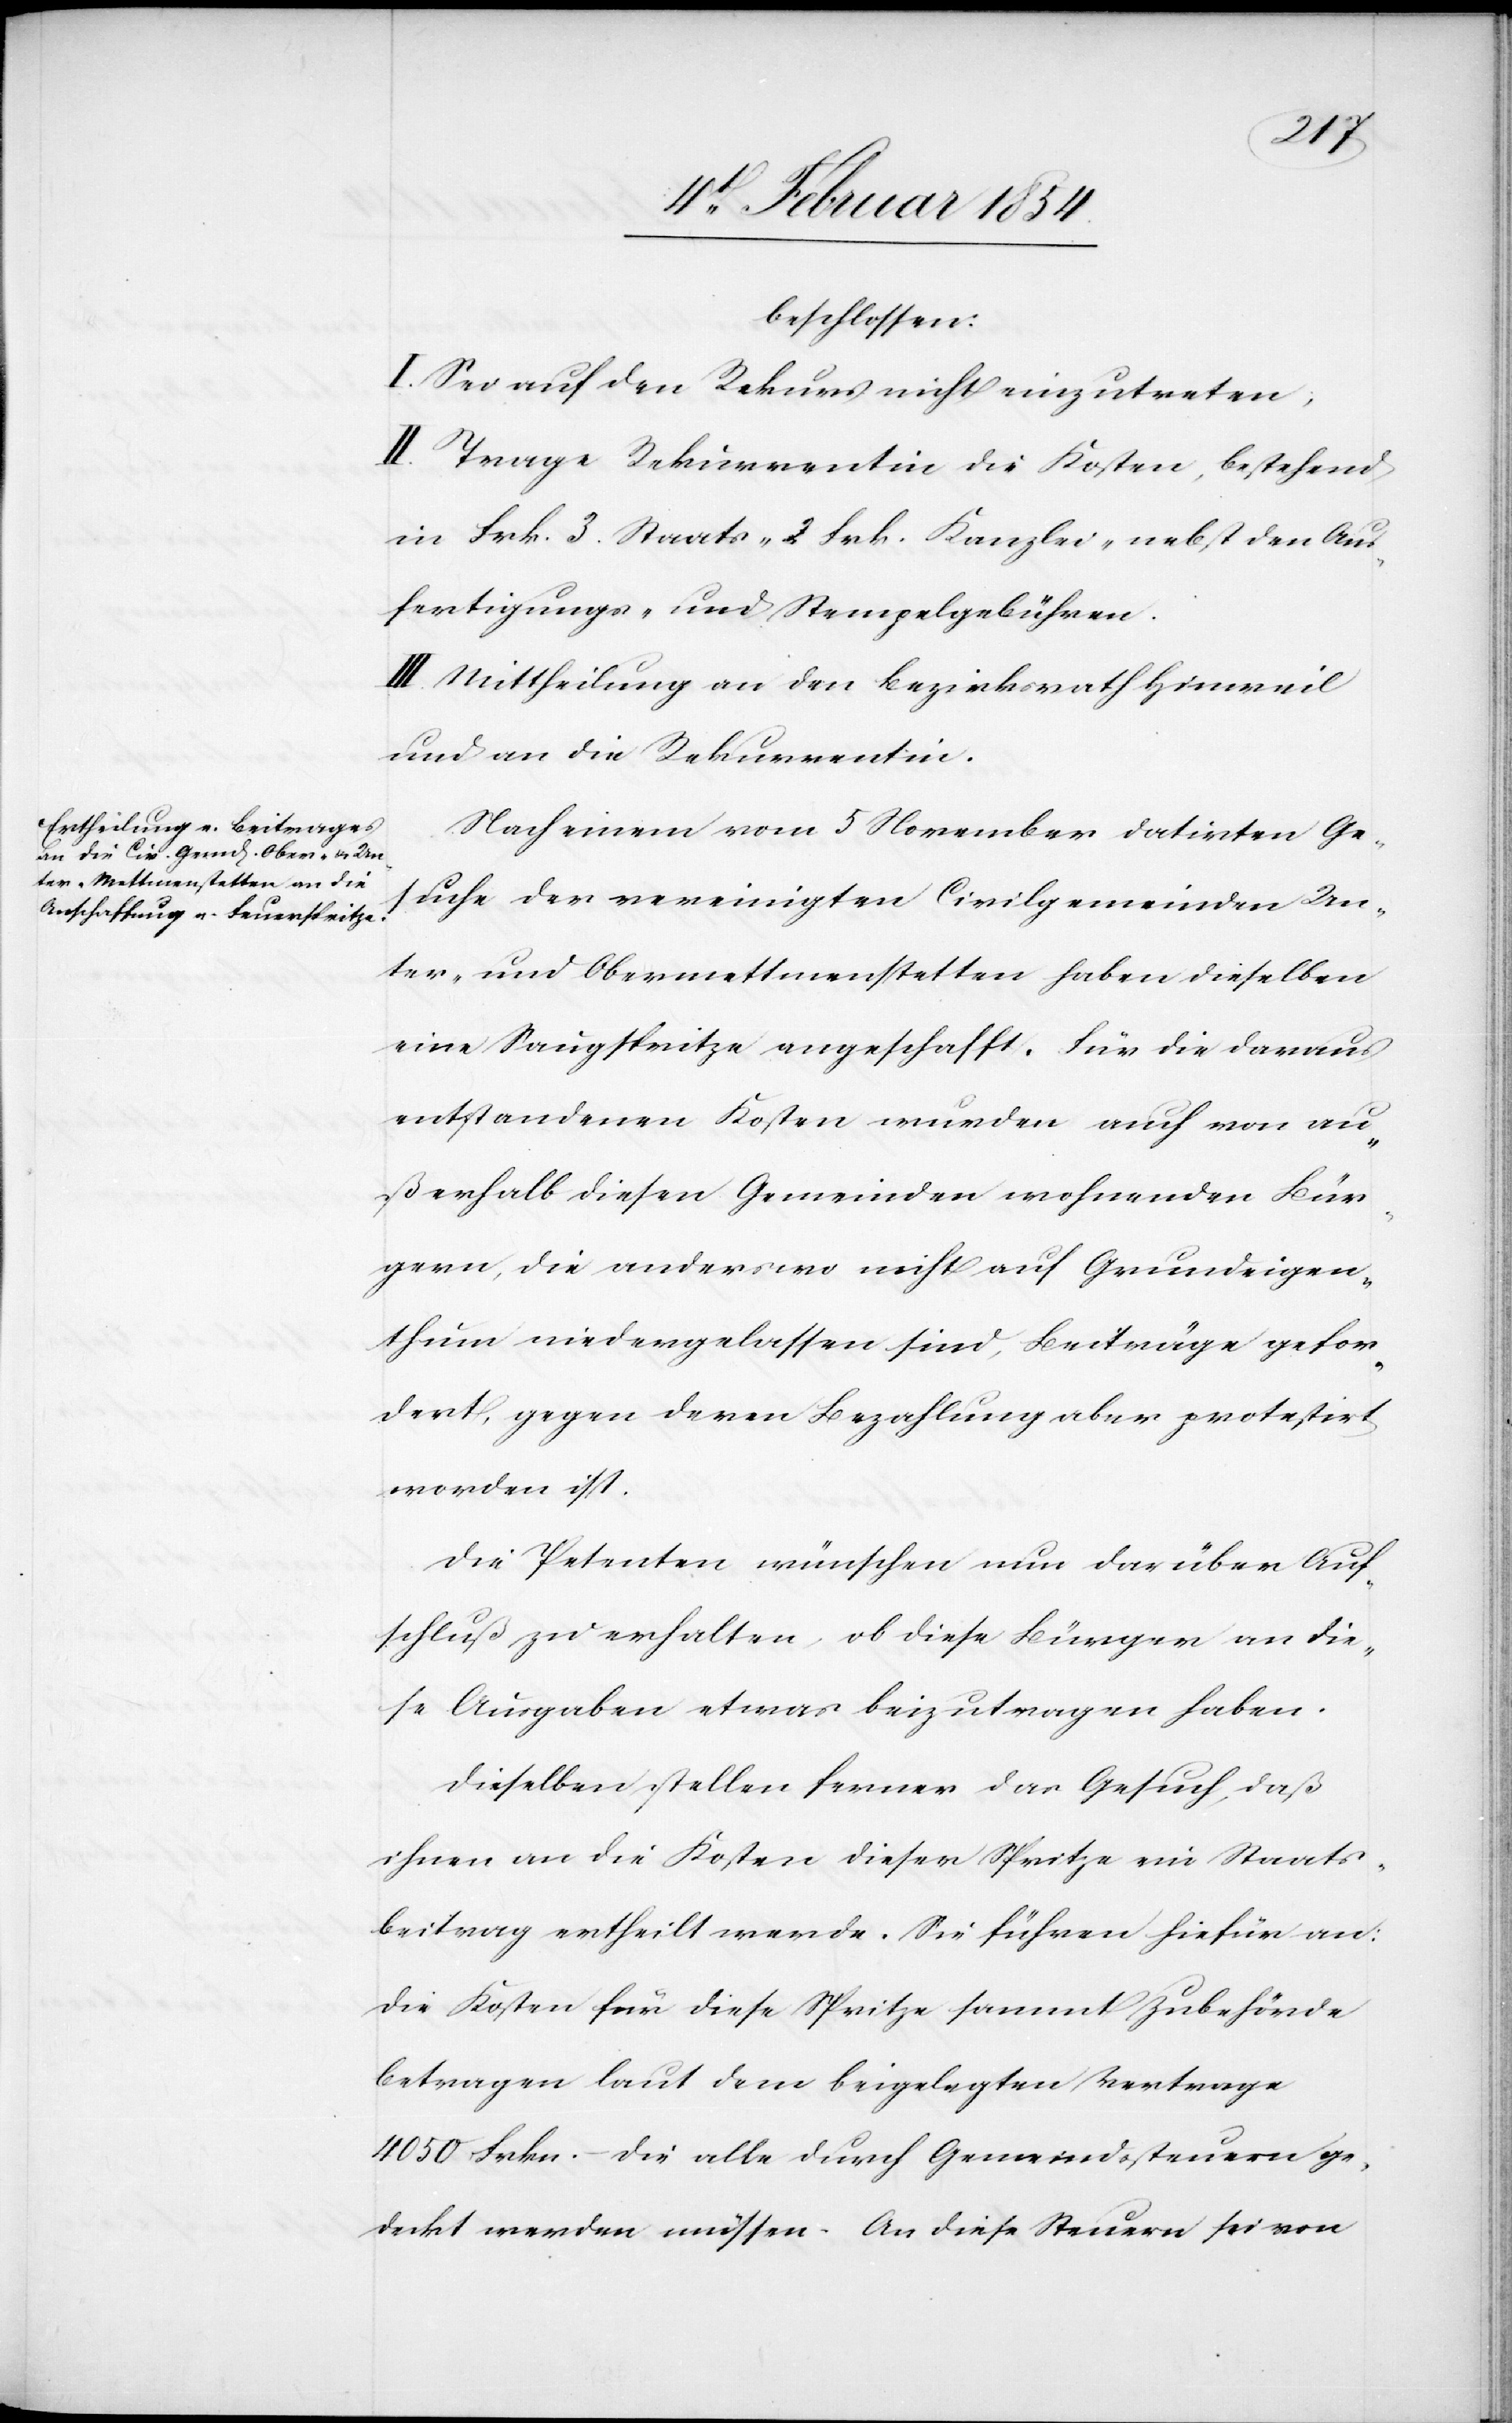
beschlossen:
I. Sei auf den Rekurs nicht einzutreten;
II. Trage Rekurrentin die Kosten, bestehend
in Frk. 3. Staats-[,] 2 Frk. Kanzlei-[,] nebst den Aus¬
fertigungs- und Stempelgebühren.
III. Mittheilung an den Bezirksrath Hinweil
und an die Rekurrentin.
Nach einem vom 5 November datirten Ge¬
suche der vereinigten Civilgemeinden Un¬
ter- und Obermettmenstetten haben dieselben
eine Saugspritze angeschaffte, für die daraus
entstandenen Kosten wurde auch von au¬
ßerhalb diesen Gemeinden wohnenden Bür¬
gern, die anderswo nicht auf Grundeigen¬
thum niedergelassen sind, Beiträge gefor¬
dert, gegen deren Bezahlung aber protestirt
worden ist.
Die Petenten wünschen nun darüber Auf¬
schluß zu erhalten, ob diese Bürger an die¬
se Ausgaben etwas beizutragen haben.
Dieselben stellen ferner das Gesuch, daß
ihnen an die Kosten dieser Spritze ein Staats¬
beitrag ertheilt werde. Sie führen hiefür an:
Die Kosten für diese Spritze sammt Zubehörde
betragen laut dem beigelegten Vertrage
4050 Frkn. – die alle durch Gemeindesteuern ge¬
deckt werden müssen. an diese Steuern sei von